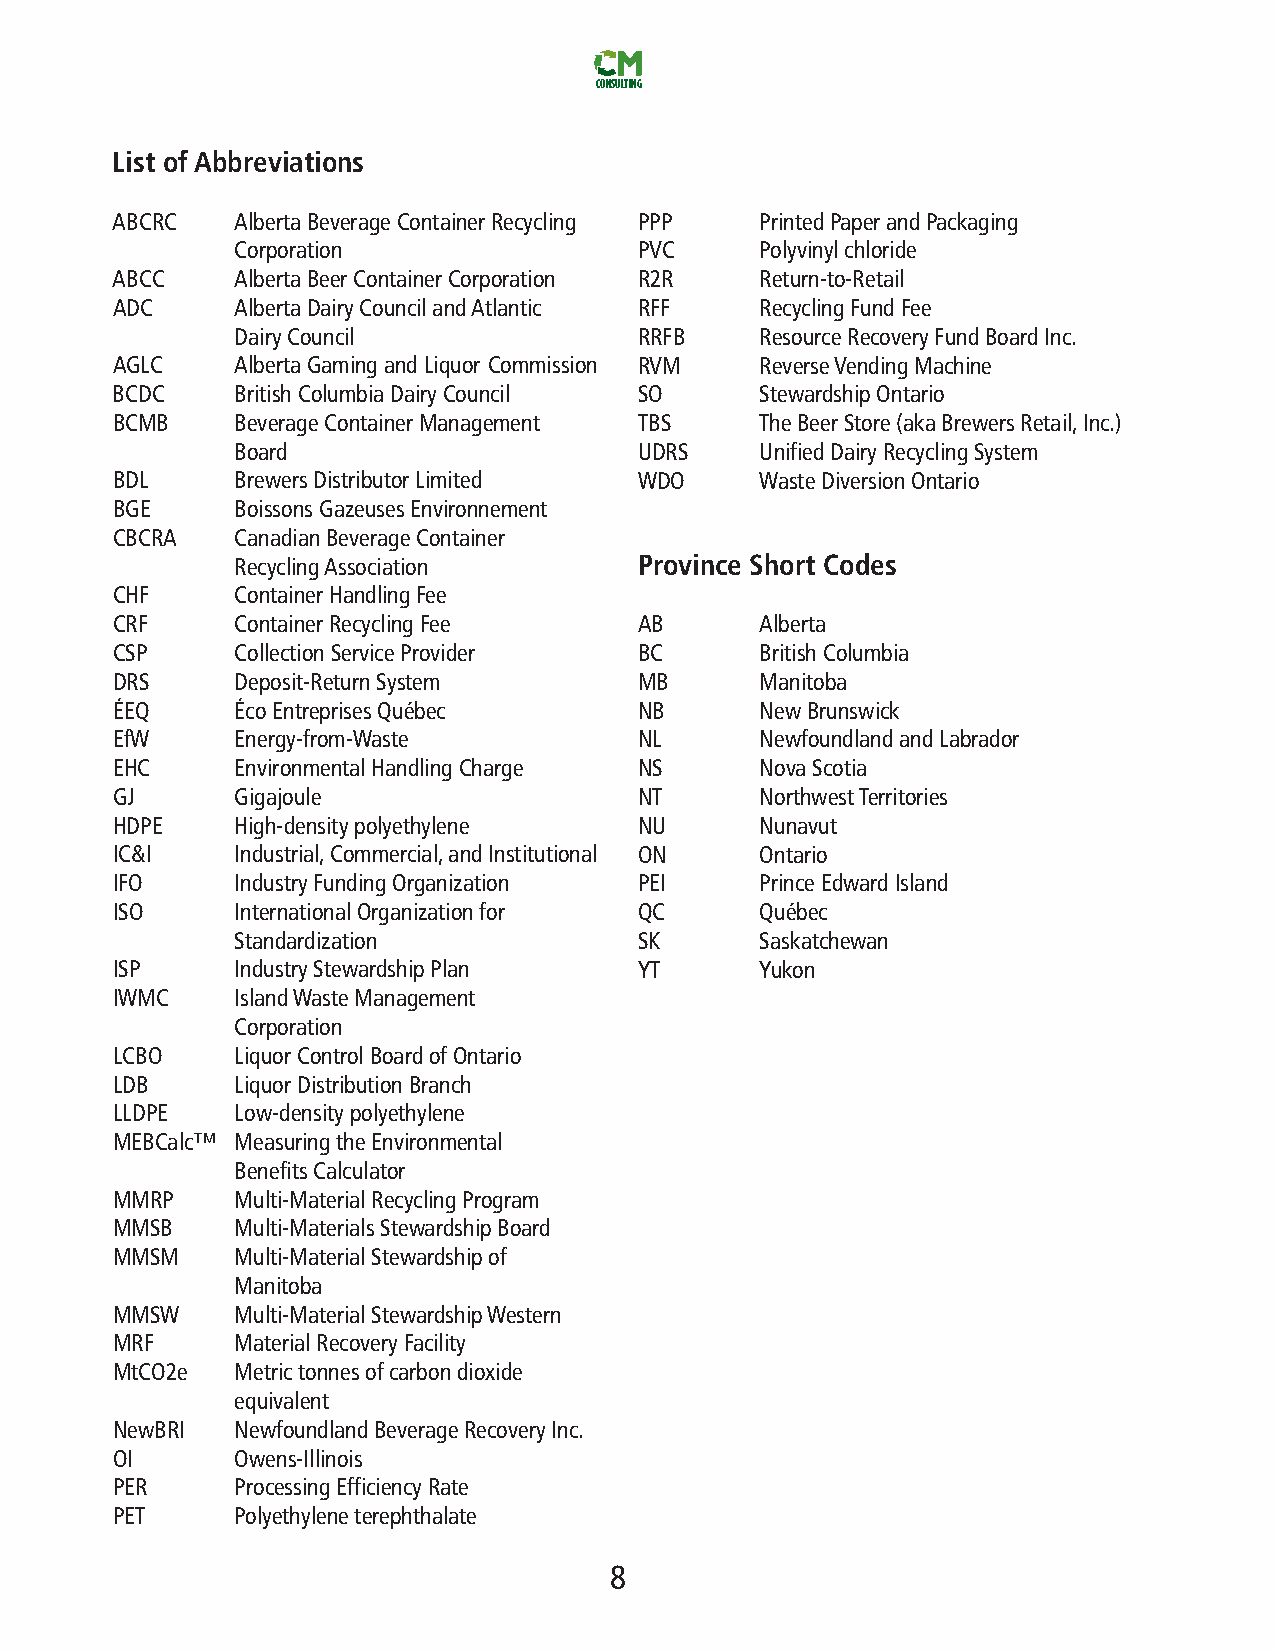
CONSULTING
 List ofAbbreviations
 ABCRC    AlbertaBeverageContainerRecycling PPP PrintedPaperandPackaging
 Corporation               PVC     Polyvinylchloride
 ABCC     AlbertaBeerContainerCorporation R2R Return-to-Retail
 ADC      AlbertaDairyCouncilandAtlantic RFF RecyclingFundFee
 DairyCouncil              RRFB    ResourceRecoveryFundBoardInc.
 AGLC     AlbertaGamingandLiquor Commission RVM ReverseVendingMachine
 BCDC     BritishColumbiaDairyCouncil SO    StewardshipOntario
 BCMB     BeverageContainerManagement TBS   TheBeerStore(akaBrewersRetail,Inc.)
 Board                     UDRS    UnifiedDairyRecyclingSystem
 BDL      BrewersDistributorLimited WDO     WasteDiversionOntario
 BGE      BoissonsGazeusesEnvironnement
 CBCRA    CanadianBeverageContainer
 RecyclingAssociation      Province Short Codes
 CHF      ContainerHandlingFee
 CRF      ContainerRecyclingFee     AB      Alberta
 CSP      CollectionServiceProvider BC      BritishColumbia
 DRS      Deposit-ReturnSystem      MB      Manitoba
 ÉEQ      ÉcoEntreprisesQuébec      NB      NewBrunswick
 EfW      Energy-from-Waste         NL      NewfoundlandandLabrador
 EHC      EnvironmentalHandlingCharge NS    NovaScotia
 GJ       Gigajoule                 NT      NorthwestTerritories
 HDPE     High-densitypolyethylene  NU      Nunavut
 IC&I     Industrial,Commercial,andInstitutional ON Ontario
 IFO      IndustryFundingOrganization PEI   PrinceEdwardIsland
 ISO      InternationalOrganizationfor QC   Québec
 Standardization           SK      Saskatchewan
 ISP      IndustryStewardshipPlan   YT      Yukon
 IWMC     IslandWasteManagement
 Corporation
 LCBO     LiquorControlBoardofOntario
 LDB      LiquorDistributionBranch
 LLDPE    Low-densitypolyethylene
 MEBCalc™ MeasuringtheEnvironmental
 BenefitsCalculator
 MMRP     Multi-MaterialRecyclingProgram
 MMSB     Multi-MaterialsStewardshipBoard
 MMSM     Multi-MaterialStewardshipof
 Manitoba
 MMSW     Multi-MaterialStewardshipWestern
 MRF      MaterialRecoveryFacility
 MtCO2e   Metrictonnesofcarbondioxide
 equivalent
 NewBRI   NewfoundlandBeverageRecoveryInc.
 OI       Owens-Illinois
 PER      ProcessingEfficiencyRate
 PET      Polyethyleneterephthalate
 8